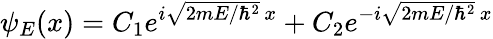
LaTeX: \psi_{E}(x)=C_{1}e^{i{\sqrt{2mE/\hbar^{2}}}\, x}+C_{2}e^{-i{\sqrt{2mE/\hbar^{2}}}\, x}